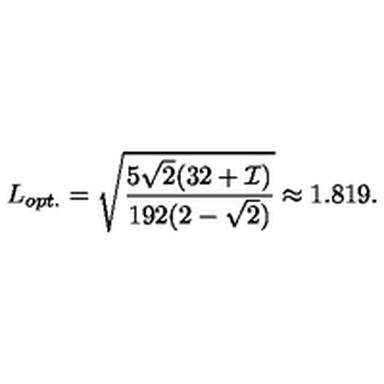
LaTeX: L _ { o p t . } = \sqrt { \frac { 5 \sqrt { 2 } ( 3 2 + { \cal I } ) } { 1 9 2 ( 2 - \sqrt { 2 } ) } } \approx 1 . 8 1 9 .